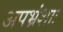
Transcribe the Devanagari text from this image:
अपभ्रंशाः